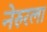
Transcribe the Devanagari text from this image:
नेरुरला